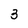
Character: 3